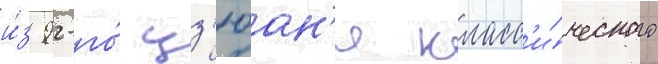
и́з 92-го́ цз'юан'я класс'и́ческого